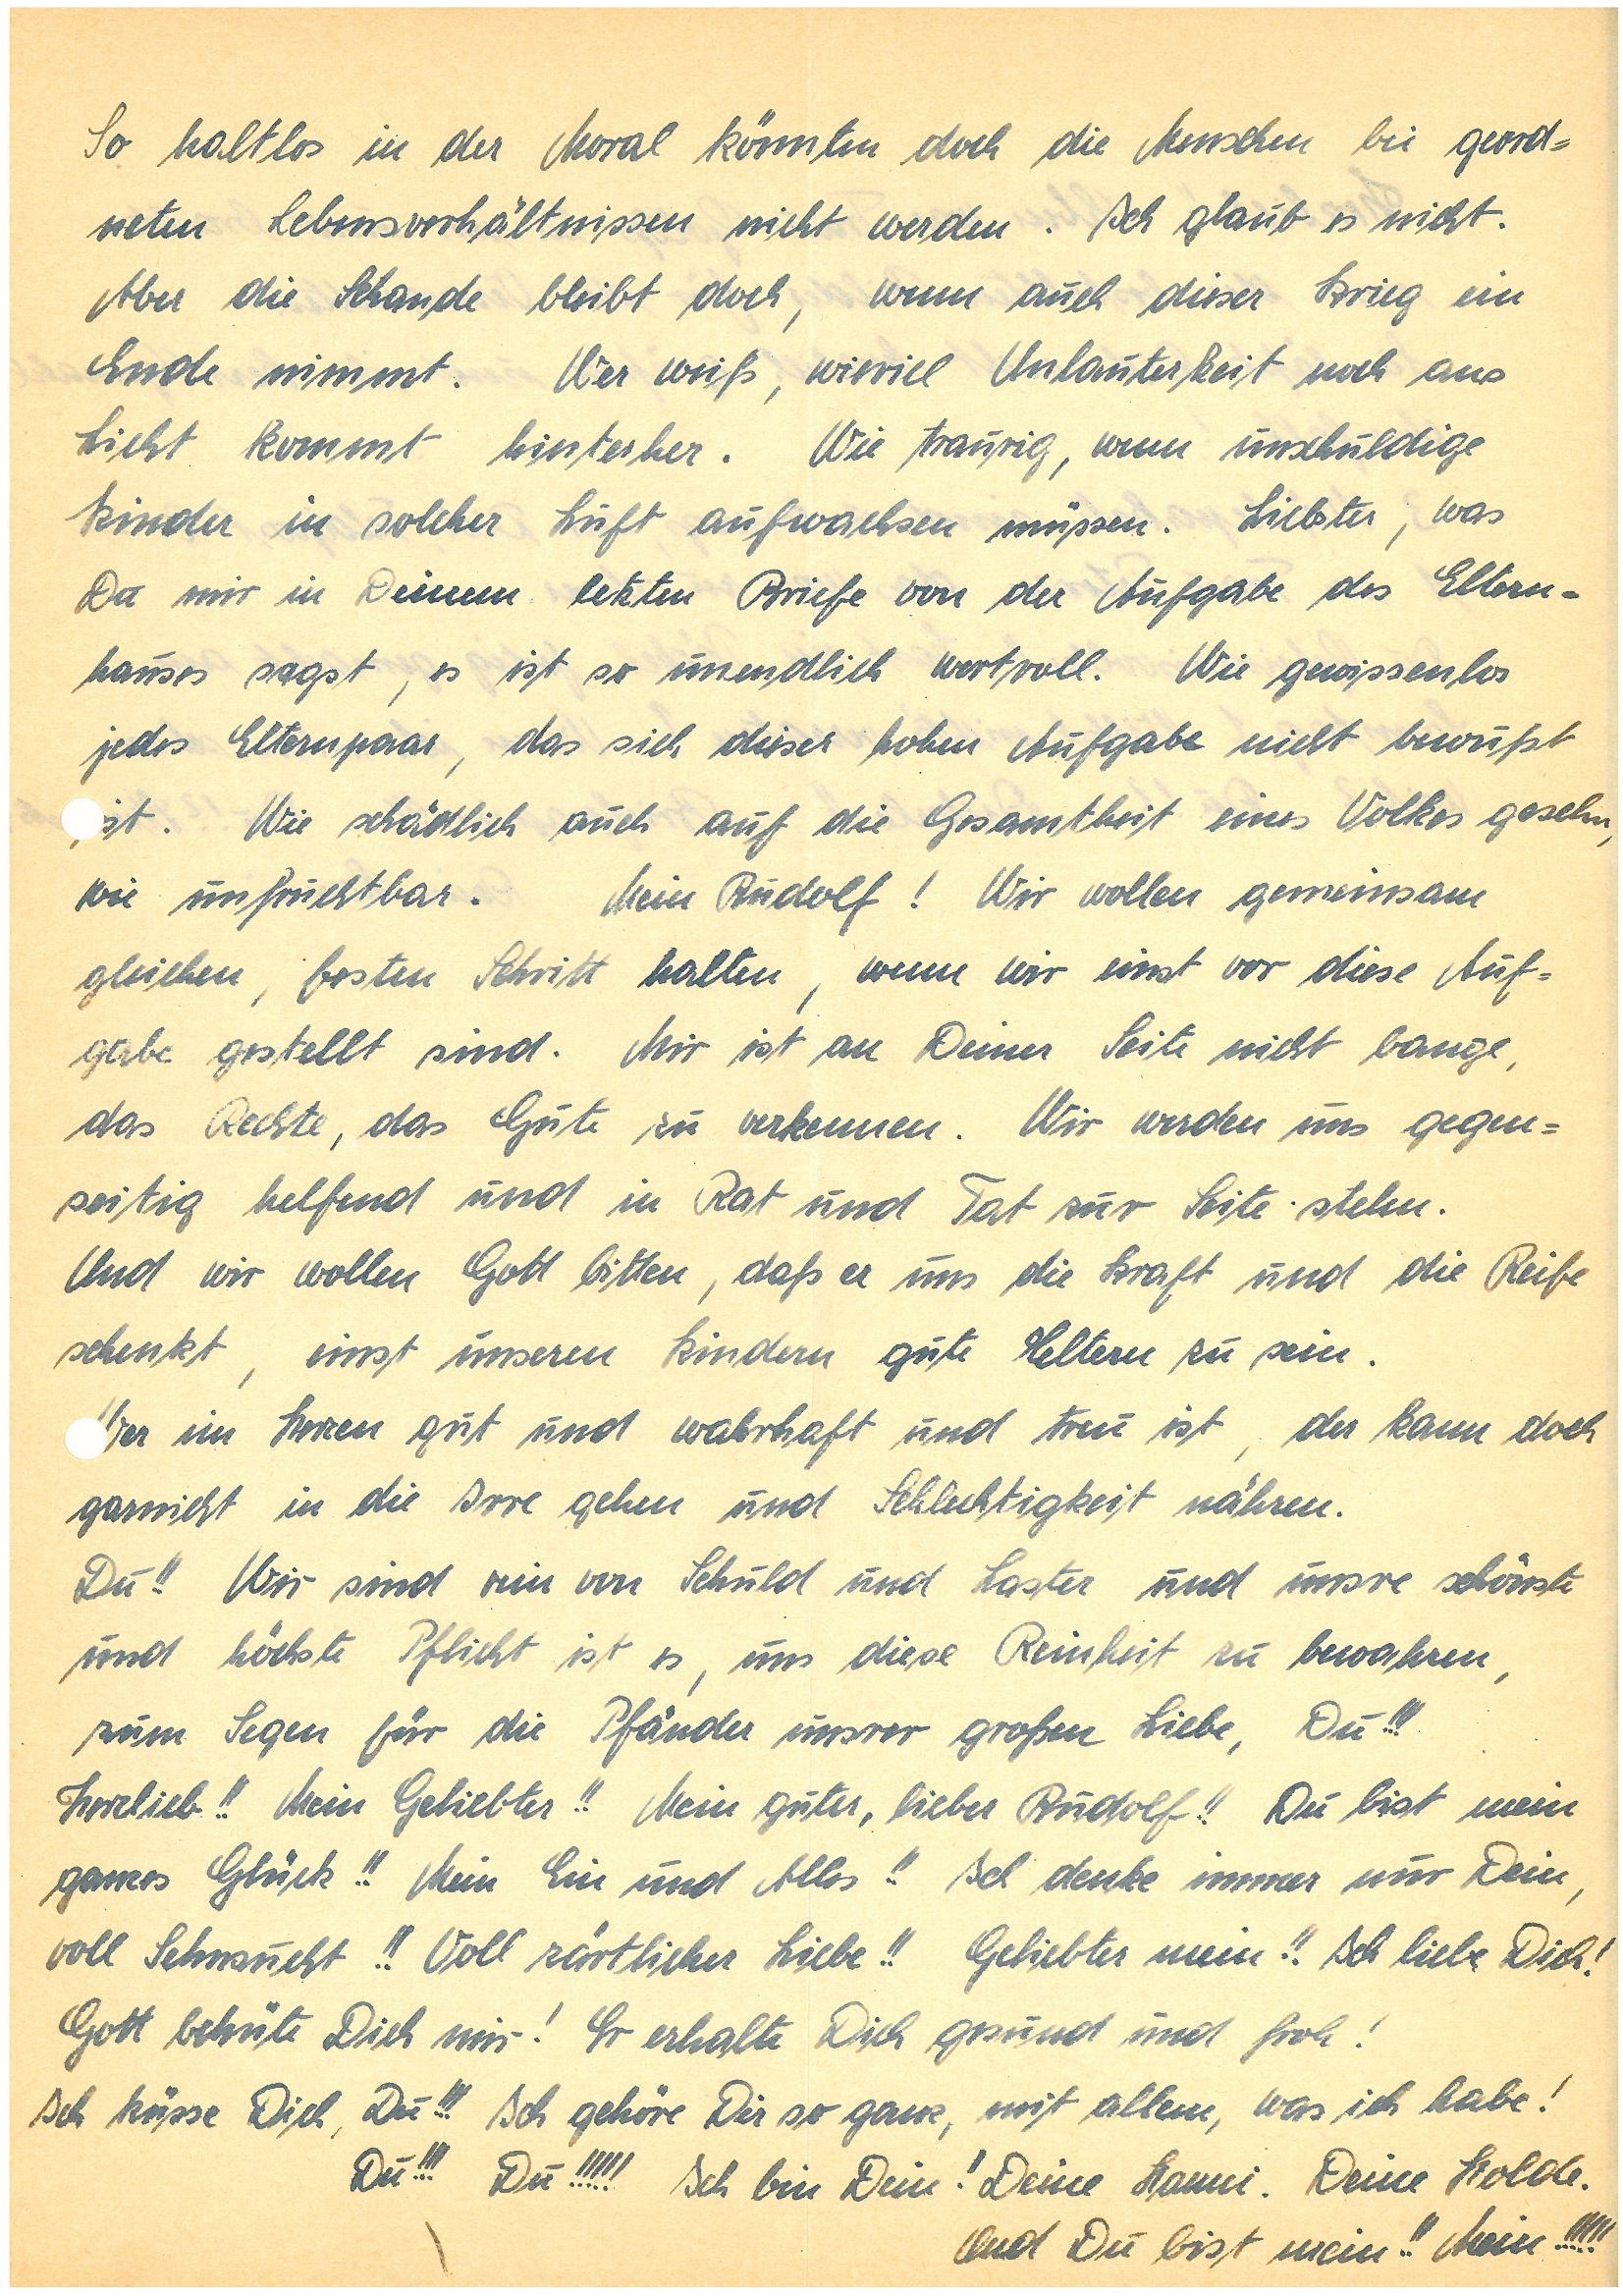
So haltlos in der Moral könnten doch die Menschen bei geord¬
neten Lebensverhältnissen nicht werden. Ich glaub es nicht.
Aber die Schande bleibt doch, wenn auch dieser Krieg ein
Ende nimmt. Wer weiß wieviel Unlauterkeit noch ans
Licht kommt hinterher. Wie traurig, wenn unschuldige
Kinder in solcher Luft aufwachsen müssen. Liebster, was
Du mir in Deinem letzten Briefe von der Aufgabe des Eltern¬
hauses sagst, es ist so unendlich wertvoll. Wie gewissenlos
jedes Elternpaar, das sich dieser hohen Aufgabe nicht bewußt
ist. Wie schädlich auch auf die Gesamtheit eines Volkes gesehen,
wie unfruchtbar. Mein! Wie wollen gemeinsam
gleichen, festen Schritt halten, wenn wir einst vor diese Auf¬
gabe gestellt sind. Mir ist an Deiner Seite nicht bange,
das Rechte, das Gute zu erkennen. Wir werden uns gegen¬
seitig helfend und in Rat und Tat zur Seite stehen.
Und wir wollen Gott bitten, daß er uns die Kraft und die Reife
schenkt, einst unseren Kindern gute Eltern zu sein.
Wer im Herzen gut und wahrhaft und treu ist, der kann doch
garnicht in die Irre gehen und Schlechtigkeit nähren.
Du!! Wir sind rein von Schuld und Laster und unsre schönste
und höchste Pflicht ist es, uns diese Reinheit zu bewahren,
zum Segen für die Pfänder unsrer großen Liebe, Du!!!
Herzlieb!! Mein Geliebter!! Mein guter, lieber!! Du bist mein
ganzes Glück!! Mein Ein und Alles!! Ich denke immer nur Dein,
voll Sehnsucht!! Voll zärtlicher Liebe!! Geliebter mein!! Ich liebe Dich!
Gott behüte Dich mir! Er erhalte Dich gesund und froh!
Ich küsse Dich, Du!!! Ich gehöre Dir so ganz, mit allem, was ich habe!
Du!!! Du!!!!! Ich bin Dein! Deine . Deine Holde.
Und Du bist mein!! Mein!!!!!